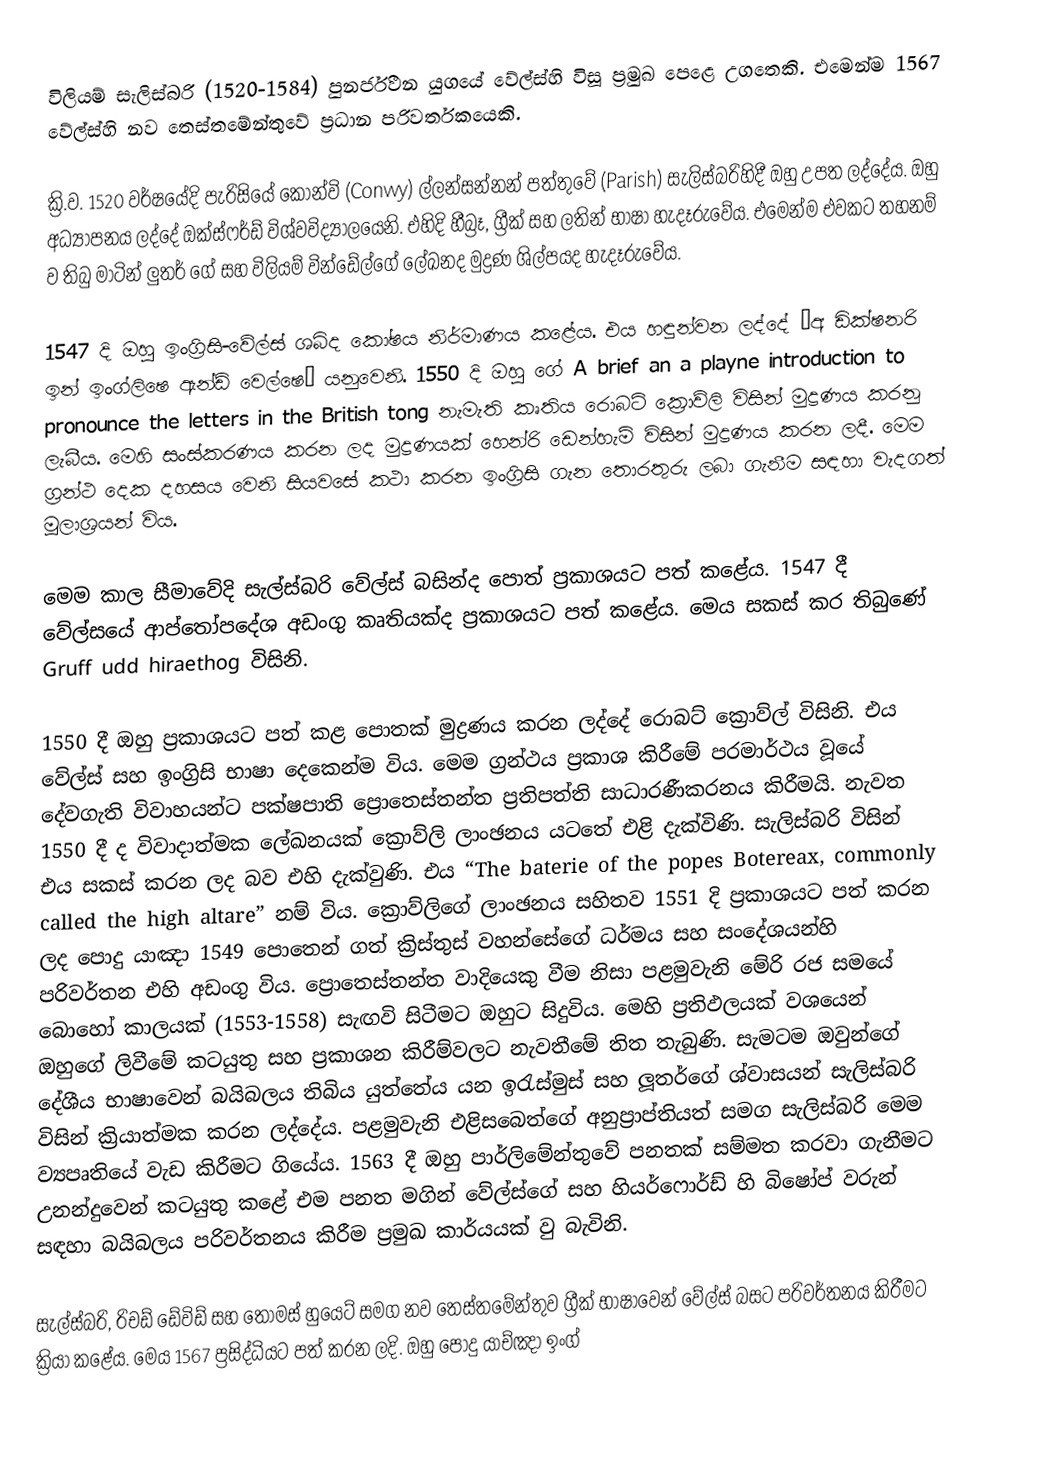
විලියම් සැලිස්බරි (1520-1584) පුනර්ජීවන යුගයේ වේල්ස්හි විසූ ප්‍රමුඛ පෙළෙ උගතෙකි. එමෙන්ම 1567 වේල්ස්හි නව තෙස්තමේන්තුවේ ප්‍රධාන පරිවර්තකයෙකි.

ක්‍රි.ව. 1520 වර්ෂයේදි පැරිසියේ කොන්වි (Conwy) ල්ලන්සන්නන් පත්තුවේ (Parish) සැලිස්බරිහිදී ඔහු උපත ලද්දේය. ඔහු අධ්‍යාපනය ලද්දේ ඔක්ස්ෆර්ඩ් විශ්වවිද්‍යාලයෙනි. එහිදි හීබ්‍රෑ, ග්‍රීක් සහ ලතින් භාෂා හැදෑරුවේය. එමෙන්ම එවකට තහනම් ව තිබු මාටින් ලුතර් ගේ සහ විලියම් වින්ඩේල්ගේ ලේඛනද මුද්‍රණ ශිල්පයද හැදෑරුවේය.

1547 දි ඔහු ඉංග්‍රිසි-වේල්ස් ශබ්ද කෝෂය නිර්මාණය කළේය. එය හඳුන්වන ලද්දේ “අ ඩික්ෂනරි ඉන් ඉංග්ලිෂෙ ඇන්ඩ් වෙල්ෂෙ” යනුවෙනි. 1550 දි ඔහු ගේ A brief an a playne introduction to pronounce the letters in the British tong නැමැති කෘතිය රොබට් ක්‍රොව්ලි විසින් මුද්‍රණය කරනු ලැබීය. මෙහි සංස්කරණය කරන ලද මුද්‍රණයක් හෙන්රි ඩෙන්හැම් විසින් මුද්‍රණය කරන ලදී. මෙම ග්‍රන්ථ දෙක දහසය වෙනි සියවසේ කථා කරන ඉංග්‍රිසි ගැන තොරතුරු ලබා ගැනීම සඳහා වැදගත් මූලාශ්‍රයන් විය.

මෙම කාල සීමාවේදි සැල්ස්බරි වේල්ස් බසින්ද පොත් ප්‍රකාශයට පත් කළේය. 1547 දී වේල්සයේ ආප්තෝපදේශ අඩංගු කෘතියක්ද ප්‍රකාශයට පත් කළේය. මෙය සකස් කර තිබුණේ Gruff udd hiraethog විසිනි.

1550 දී ඔහු ප්‍රකාශයට පත් කළ පොතක් මුද්‍රණය කරන ලද්දේ රොබට් ක්‍රොව්ල් විසිනි. එය වේල්ස් සහ ඉංග්‍රිසි භාෂා දෙකෙන්ම විය. මෙම ග්‍රන්ථය ප්‍රකාශ කිරීමේ පරමාර්ථය වූයේ දේවගැති විවාහයන්ට පක්ෂපාති ප්‍රොතෙස්තන්ත ප්‍රතිපත්ති සාධාරණීකරනය කිරීමයි. නැවත 1550 දී ද විවාදාත්මක ලේඛනයක් ක්‍රොව්ලි ලාංඡනය යටතේ එළි දැක්විණි. සැලිස්බරි විසින් එය සකස් කරන ලද බව එහි දැක්වුණි. එය “The baterie of the popes Botereax, commonly called the high altare” නම් විය. ක්‍රොව්ලිගේ ලාංඡනය සහිතව 1551 දි ප්‍රකාශයට පත් කරන ලද පොදු යාඤා 1549 පොතෙන් ගත් ක්‍රිස්තුස් වහන්සේගේ ධර්මය සහ සංදේශයන්හි පරිවර්තන එහි අඩංගු විය. ප්‍රොතෙස්තන්ත වාදියෙකු වීම නිසා පළමුවැනි මේරි රජ සමයේ බොහෝ කාලයක් (1553-1558) සැඟවි සිටීමට ඔහුට සිදුවිය. මෙහි ප්‍රතිඵලයක් වශයෙන් ඔහුගේ ලිවීමේ කටයුතු සහ ප්‍රකාශන කිරීම්වලට නැවතීමේ තිත තැබුණි. සැමටම ඔවුන්ගේ දේශීය භාෂාවෙන් බයිබලය තිබිය යුත්තේය යන ඉරැස්මුස් සහ ලූතර්ගේ ශ්වාසයන් සැලිස්බරි විසින් ක්‍රියාත්මක කරන ලද්දේය. පළමුවැනි එළිසබෙත්ගේ අනුප්‍රාප්තියත් සමග සැලිස්බරි මෙම ව්‍යපෘතියේ වැඩ කිරීමට ගියේය. 1563 දී ඔහු පාර්ලිමේන්තුවේ පනතක් සම්මත කරවා ගැනීමට උනන්දුවෙන් කටයුතු කළේ එම පනත මගින් වේල්ස්ගේ සහ හියර්ෆොර්ඩ් හි බිෂෝප් වරුන් සඳහා බයිබලය පරිවර්තනය කිරීම ප්‍රමුඛ කාර්යයක් වු බැවිනි.

සැල්ස්බරි, රිචඩ් ඩේවිඩ් සහ තෝමස් හුයෙට් සමග නව තෙස්තමේන්තුව ග්‍රීක් භාෂාවෙන් වේල්ස් බසට පරිවර්තනය කිරීමට ක්‍රියා කළේය. මෙය 1567 ප්‍රසිද්ධියට පත් කරන ලදි. ඔහු පොදු යාච්ඤා  ඉංග්‍